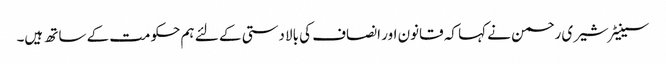
سینیٹر شیری رحمن نے کہا کہ قانون اور انصاف کی بالادستی کے لئے ہم حکومت کے ساتھ ہیں۔